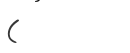
(